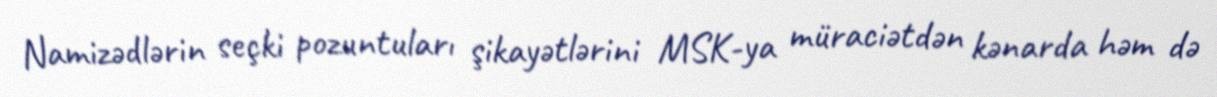
Namizədlərin seçki pozuntuları şikayətlərini MSK-ya müraciətdən kənarda həm də